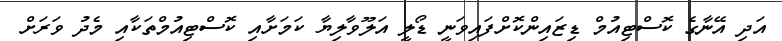
އަދި އޭނާގެ ކޮސްޓިއުމް ޑިޒައިންކޮށްފައިވަނީ ޑޯލީ އަލޫވާލިޔާ ކަމަށާއި ކޮސްޓިއުމްތަކާއި މެދު ވަރަށް